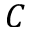
C